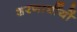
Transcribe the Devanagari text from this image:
शरणार्थीयों